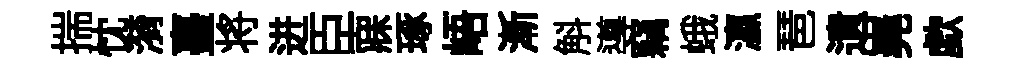
揣忱漪臺将进臣寐琢峿漸斛導竊蛾瀛琶遺嶤歔